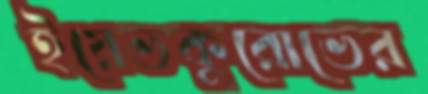
ইয়েভকুরোভের